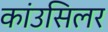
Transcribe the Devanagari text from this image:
कांउसिलर